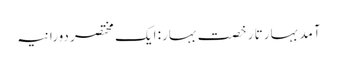
آمد بہار تا رخصت بہار: ایک مختصر دورانیہ